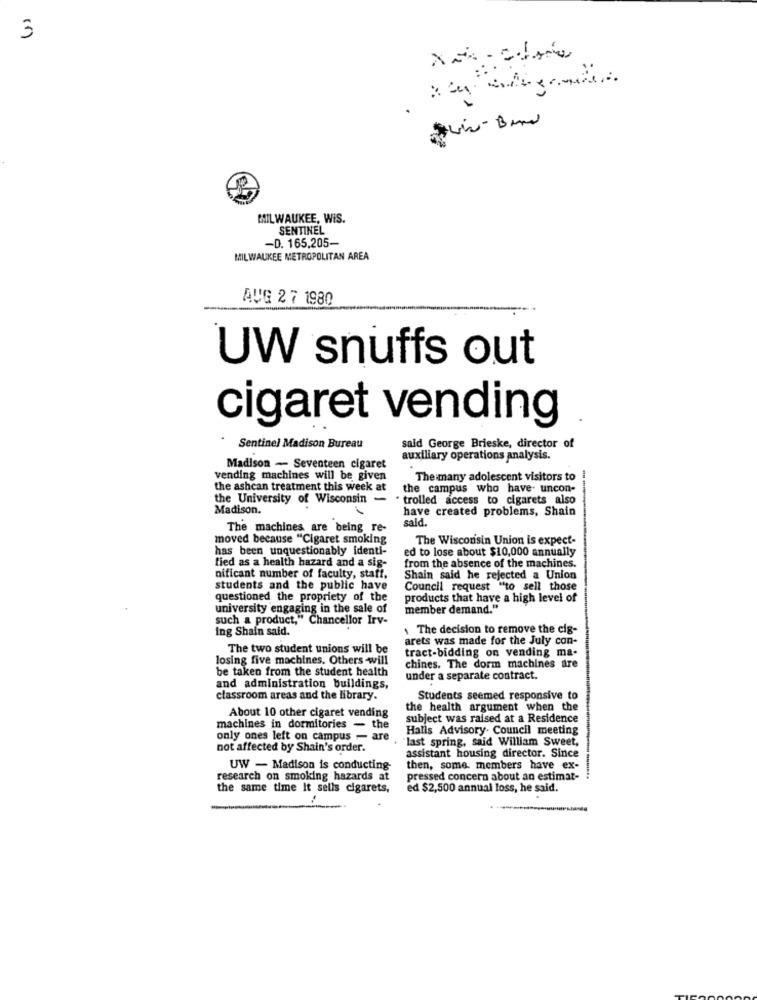
3
MILWAUKEE, WIS.
SENTINEL
-D. 165.205-
MILWAUKEE METROPOLITAN AREA
AVG 27 1980
UW snuffs out
cigaret vending
Sentinel Madison Bureau
said George Brieske, director of
auxiliary operations analysis.
Madison - Seventeen cigaret
vending machines will be given
The many adolescent visitors to !
the ashcan treatment this week at
the campus who have- uncon-
the University of Wisconsin -
· trolled access to cigarets also
Madison.
have created problems, Shain
sald.
The machines are being re-
moved because "Cigaret smoking
The Wisconsin Union is expect-
has been unquestionably identi-
ed to lose about $10,000 annually
fied as a health hazard and a sig-
from the absence of the machines.
nificant number of faculty, staff.
Shain said he rejected a Union
students and the public have
Council request "to sell those
questioned the propriety of the
products that have a high level of
university engaging in the sale of
member demand."
such a product," Chancellor Irv-
ing Shain said.
1 The decision to remove the cig-
arets was made for the July con-
The two student unions will be
tract-bidding on vending ma-
losing five machines. Others will
be taken from the student health
chines. The dorm machines are
under a separate contract.
and administration buildings,
classroom areas and the library.
Students seemed responsive to
the health argument when the
About 10 other cigaret vending
subject was raised at a Residence
machines in dormitories - the
Halls Advisory Council meeting
only ones left on campus - are
last spring, said William Sweet,
not affected by Shain's order.
assistant housing director. Since
UW - Madison is conducting-
then, some. members have ex-
research on smoking hazards at
pressed concern about an estimat-
the same time It sells cigarets,
ed $2,500 annual loss, he said.